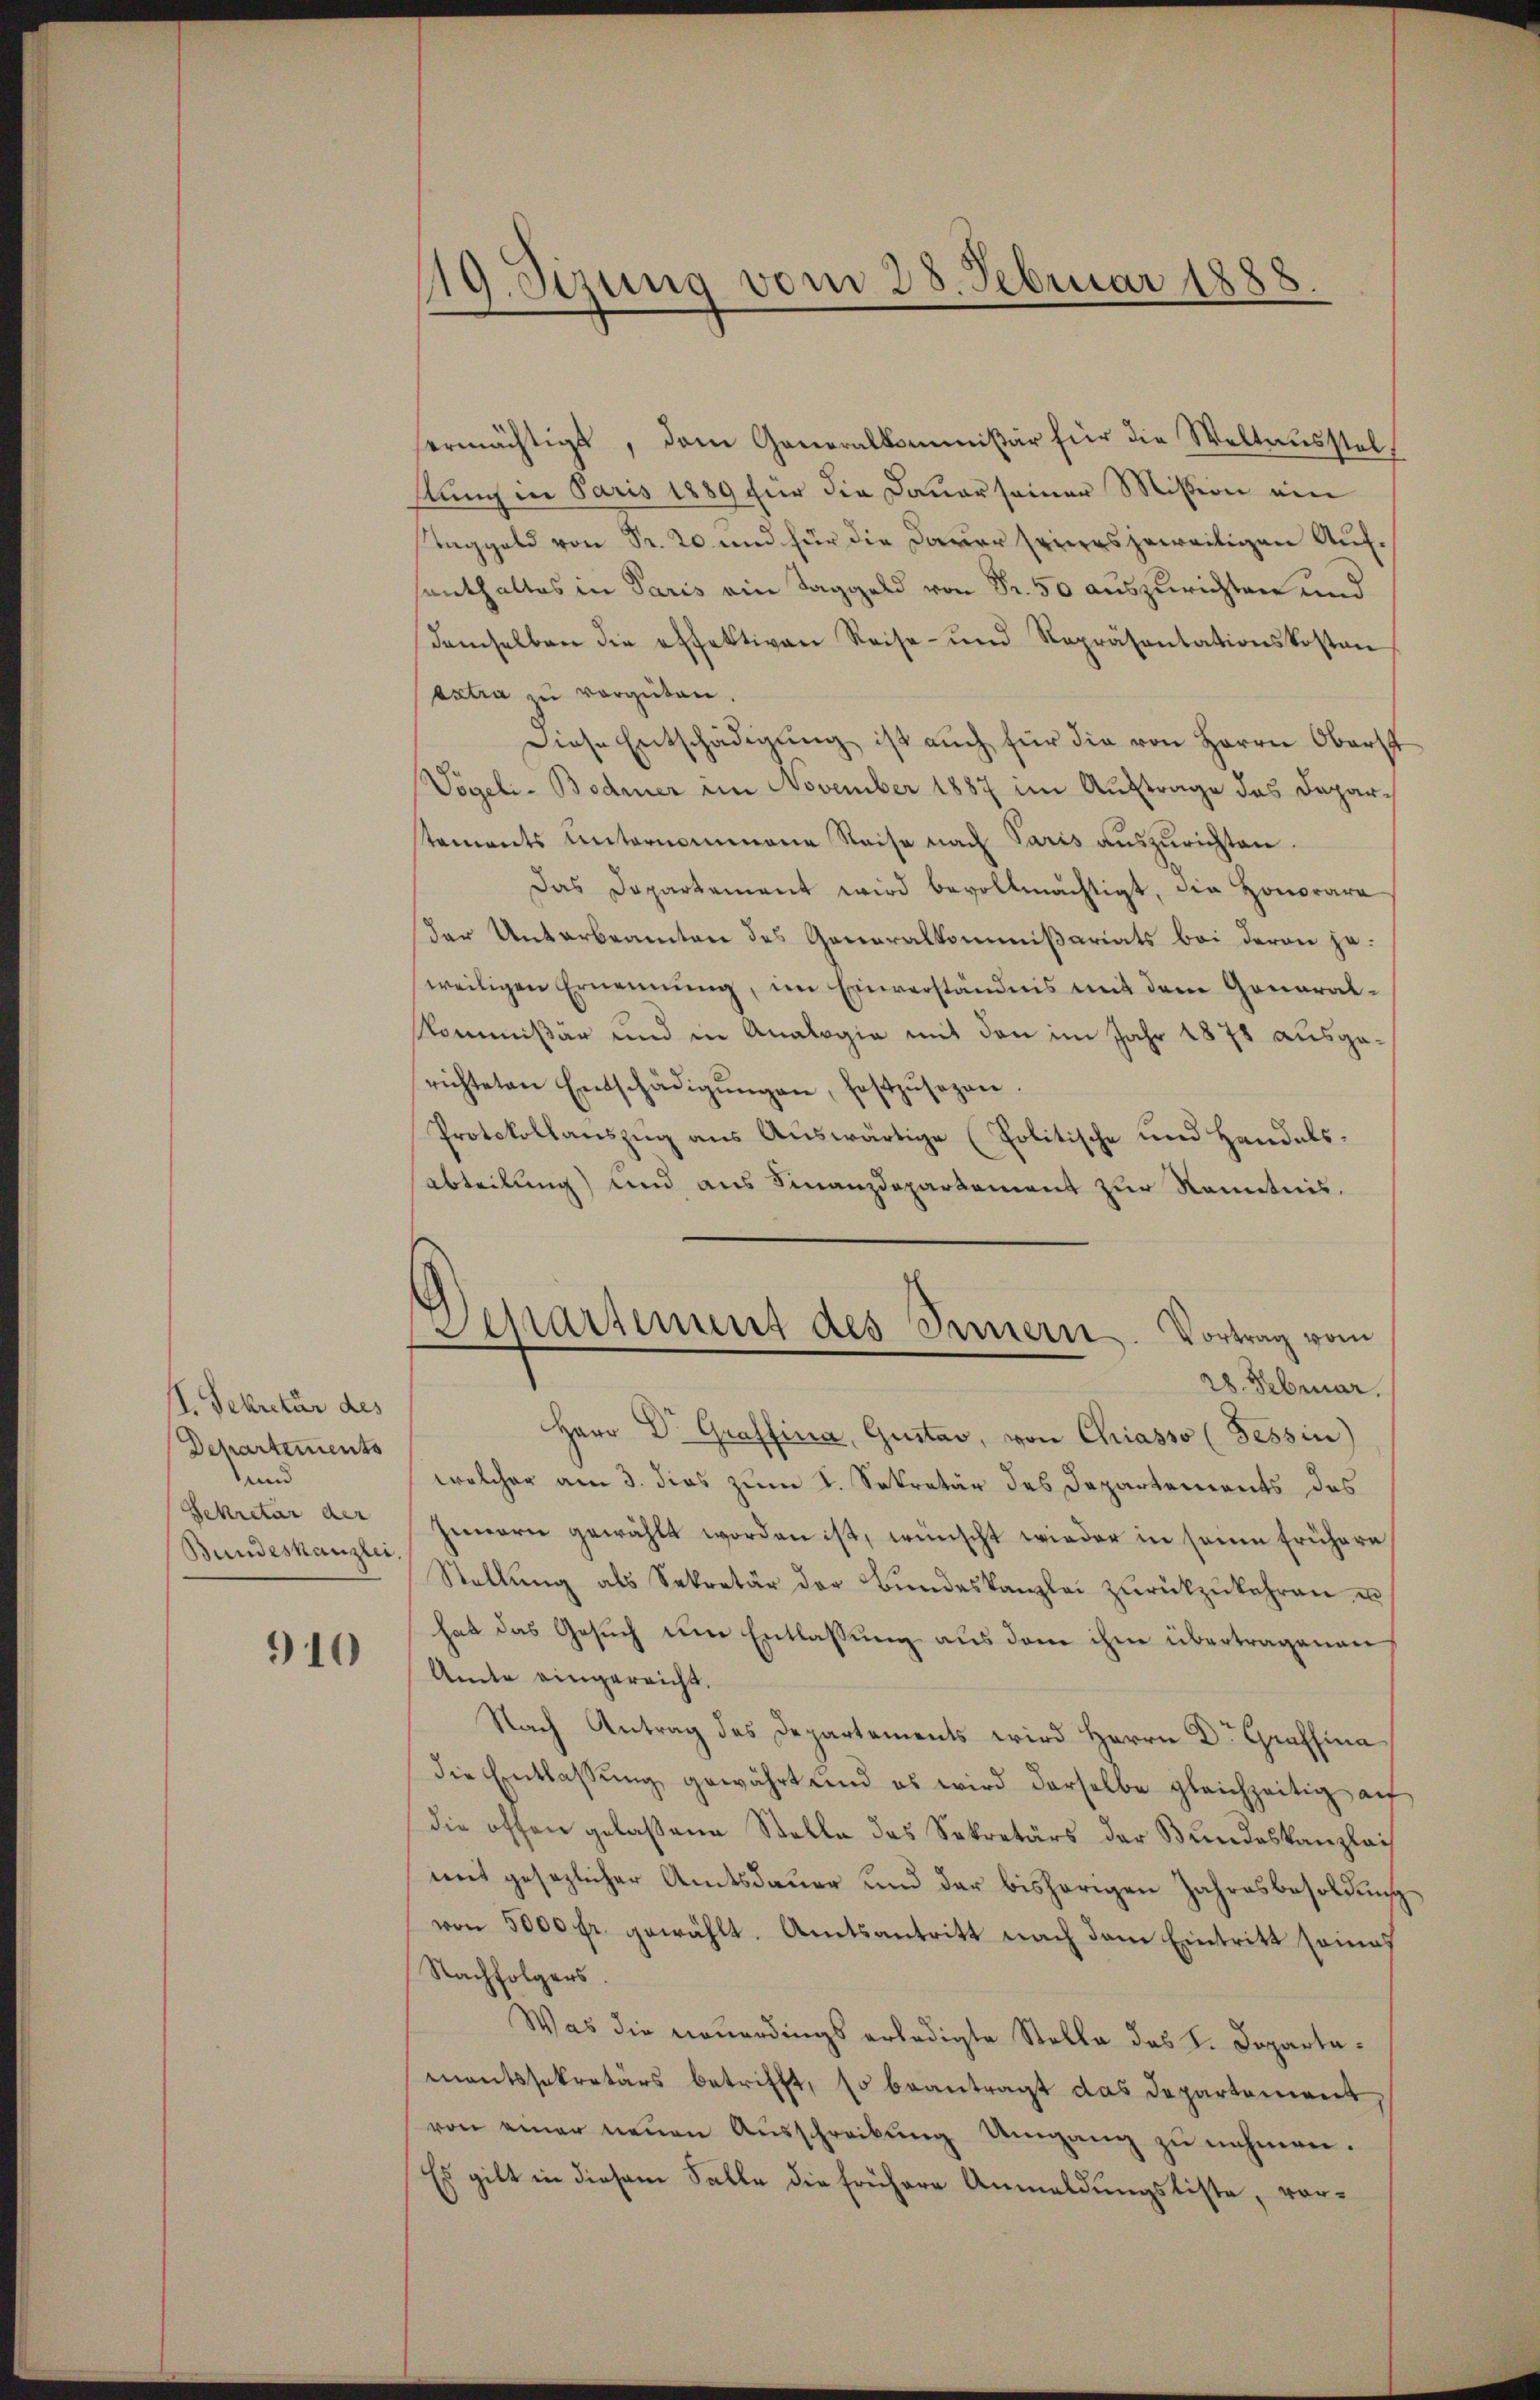
II. Sekretär des
Departements
und
Sekretär der
Bundeskanzlei,

910

119. Sizung vom 28. Februar 1888

Departement des Innern. Vortrag vom
28. Februar.

ermächtigt, dem Generalkommißär für die Weltausstelklung in Paris 1889 für die Dauer seiner Mission ein
Taggeld von Sr. 20 und für die Dauer seines jeweitigen Aufsanthaltes in Paris ein Taggeld von Fr. 50 auszurichten und
demselben die effektiven Reise- und Repräsentationskosten
extra zu vergüten.
Diese Entschädigŭng ist aŭch für die von Herrn Oberst
Vögeli-Bodmer im November 1887 im Auftrage des Depar-
stements unternommene Reise nach Paris auszurichten.
Das Dopartement wird bevollmächtigt, die Honorara
der Unterbeamten des Generalkommißariats bei deren jeweiligen Ernennung, im Einverständnis mit dem General-
Kommißär und in Analogia mit den im Jahr 1878 ausgerichteten Entschädigŭngen, festzŭsezen.
Protokollauszug aus Auswärtige (Politische und Handels¬
Abteilung) und aus Finanzdepartement zur Kenntnis.
Herr Dr. Graffina, Gustav, von Chiasso (Tessin)
welcher am 3. dies zum I. Sekretär des Departements des
Innern gewählt worden ist, wünscht wieder in seine frühern
Stellŭng als Sekretär der Bŭndeskanzlei zŭrückzukehren, u
hat das Gesuch eine Entlassung aus dem ihm übertragenen
Amte eingereicht.
Nach Antrag des Departements wird Herrn Dr. Graffina
die Entlassŭng gewährt und es wird derselbe gleichzeitig au
die offen gelassene Stelle des Sekretärs der Bundeskanzleis
mit gesezlicher Amtsdauer und der bisherigen Jahresbesoldung
von 5000fr. gewählt. Amtsantritt nach dem Eintritt seines
Nachfolgers.
Was die neuerdings erledigte Stelle des S. Departamantssekretärs betrifft, so beantragt das Departement,
von einer neŭen Aŭsschreibŭng Umgang zŭ nehmen.
Es gilt in diesem Falle die frühere Anmeldungsliste, vor¬